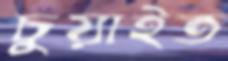
চুয়াইত